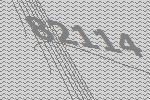
82114